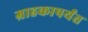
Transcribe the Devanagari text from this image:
ग्राहकापर्यंत